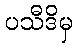
ပသီဒိမှ